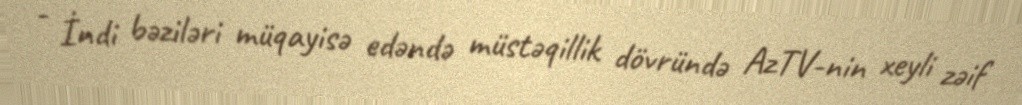
- İndi bəziləri müqayisə edəndə müstəqillik dövründə AzTV-nin xeyli zəif